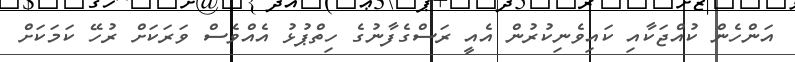
އަންހެން ކުއްޖަކާއި ކައިވެނިކުރުން އެއީ ރަސްގެފާނުގެ ހިތްޕުޅު އެއްވެސް ވަރަކަށް ރުހޭ ކަމަކަށް